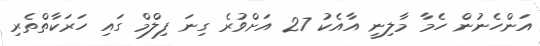
އަންހެނުން ހެމާ މާލިނީ އާއެކު 27 އަށްވުރެ ގިނަ ފިލްމް ގައި ހަރަކާތްތެރި